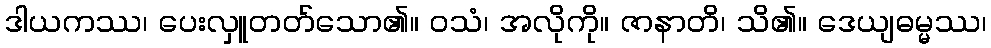
ဒါယကဿ၊ ပေးလှူတတ်သော၏။ ဝသံ၊ အလိုကို။ ဇာနာတိ၊ သိ၏။ ဒေယျဓမ္မဿ၊